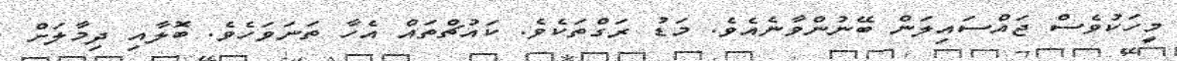
މީހަކުވެސް ޖައްސައިލަން ބޭނުންވާނެއެވެ. މަޑު ރަގްތަކެވެ. ކައުޗްތައް އެހާ ތަނަވަހެވެ. ބޮލާއި ދިމާލަށް